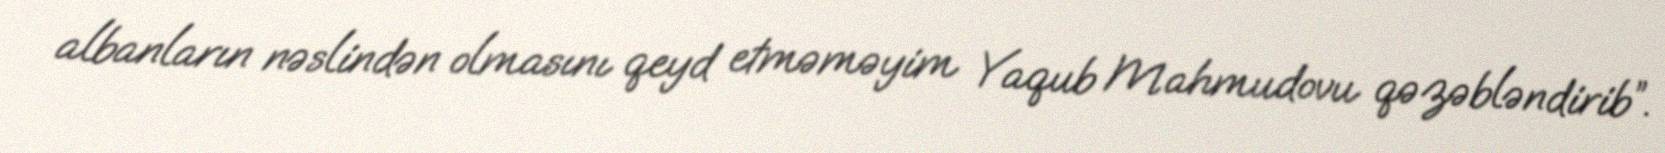
albanların nəslindən olmasını qeyd etməməyim Yaqub Mahmudovu qəzəbləndirib”.